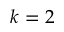
k = 2